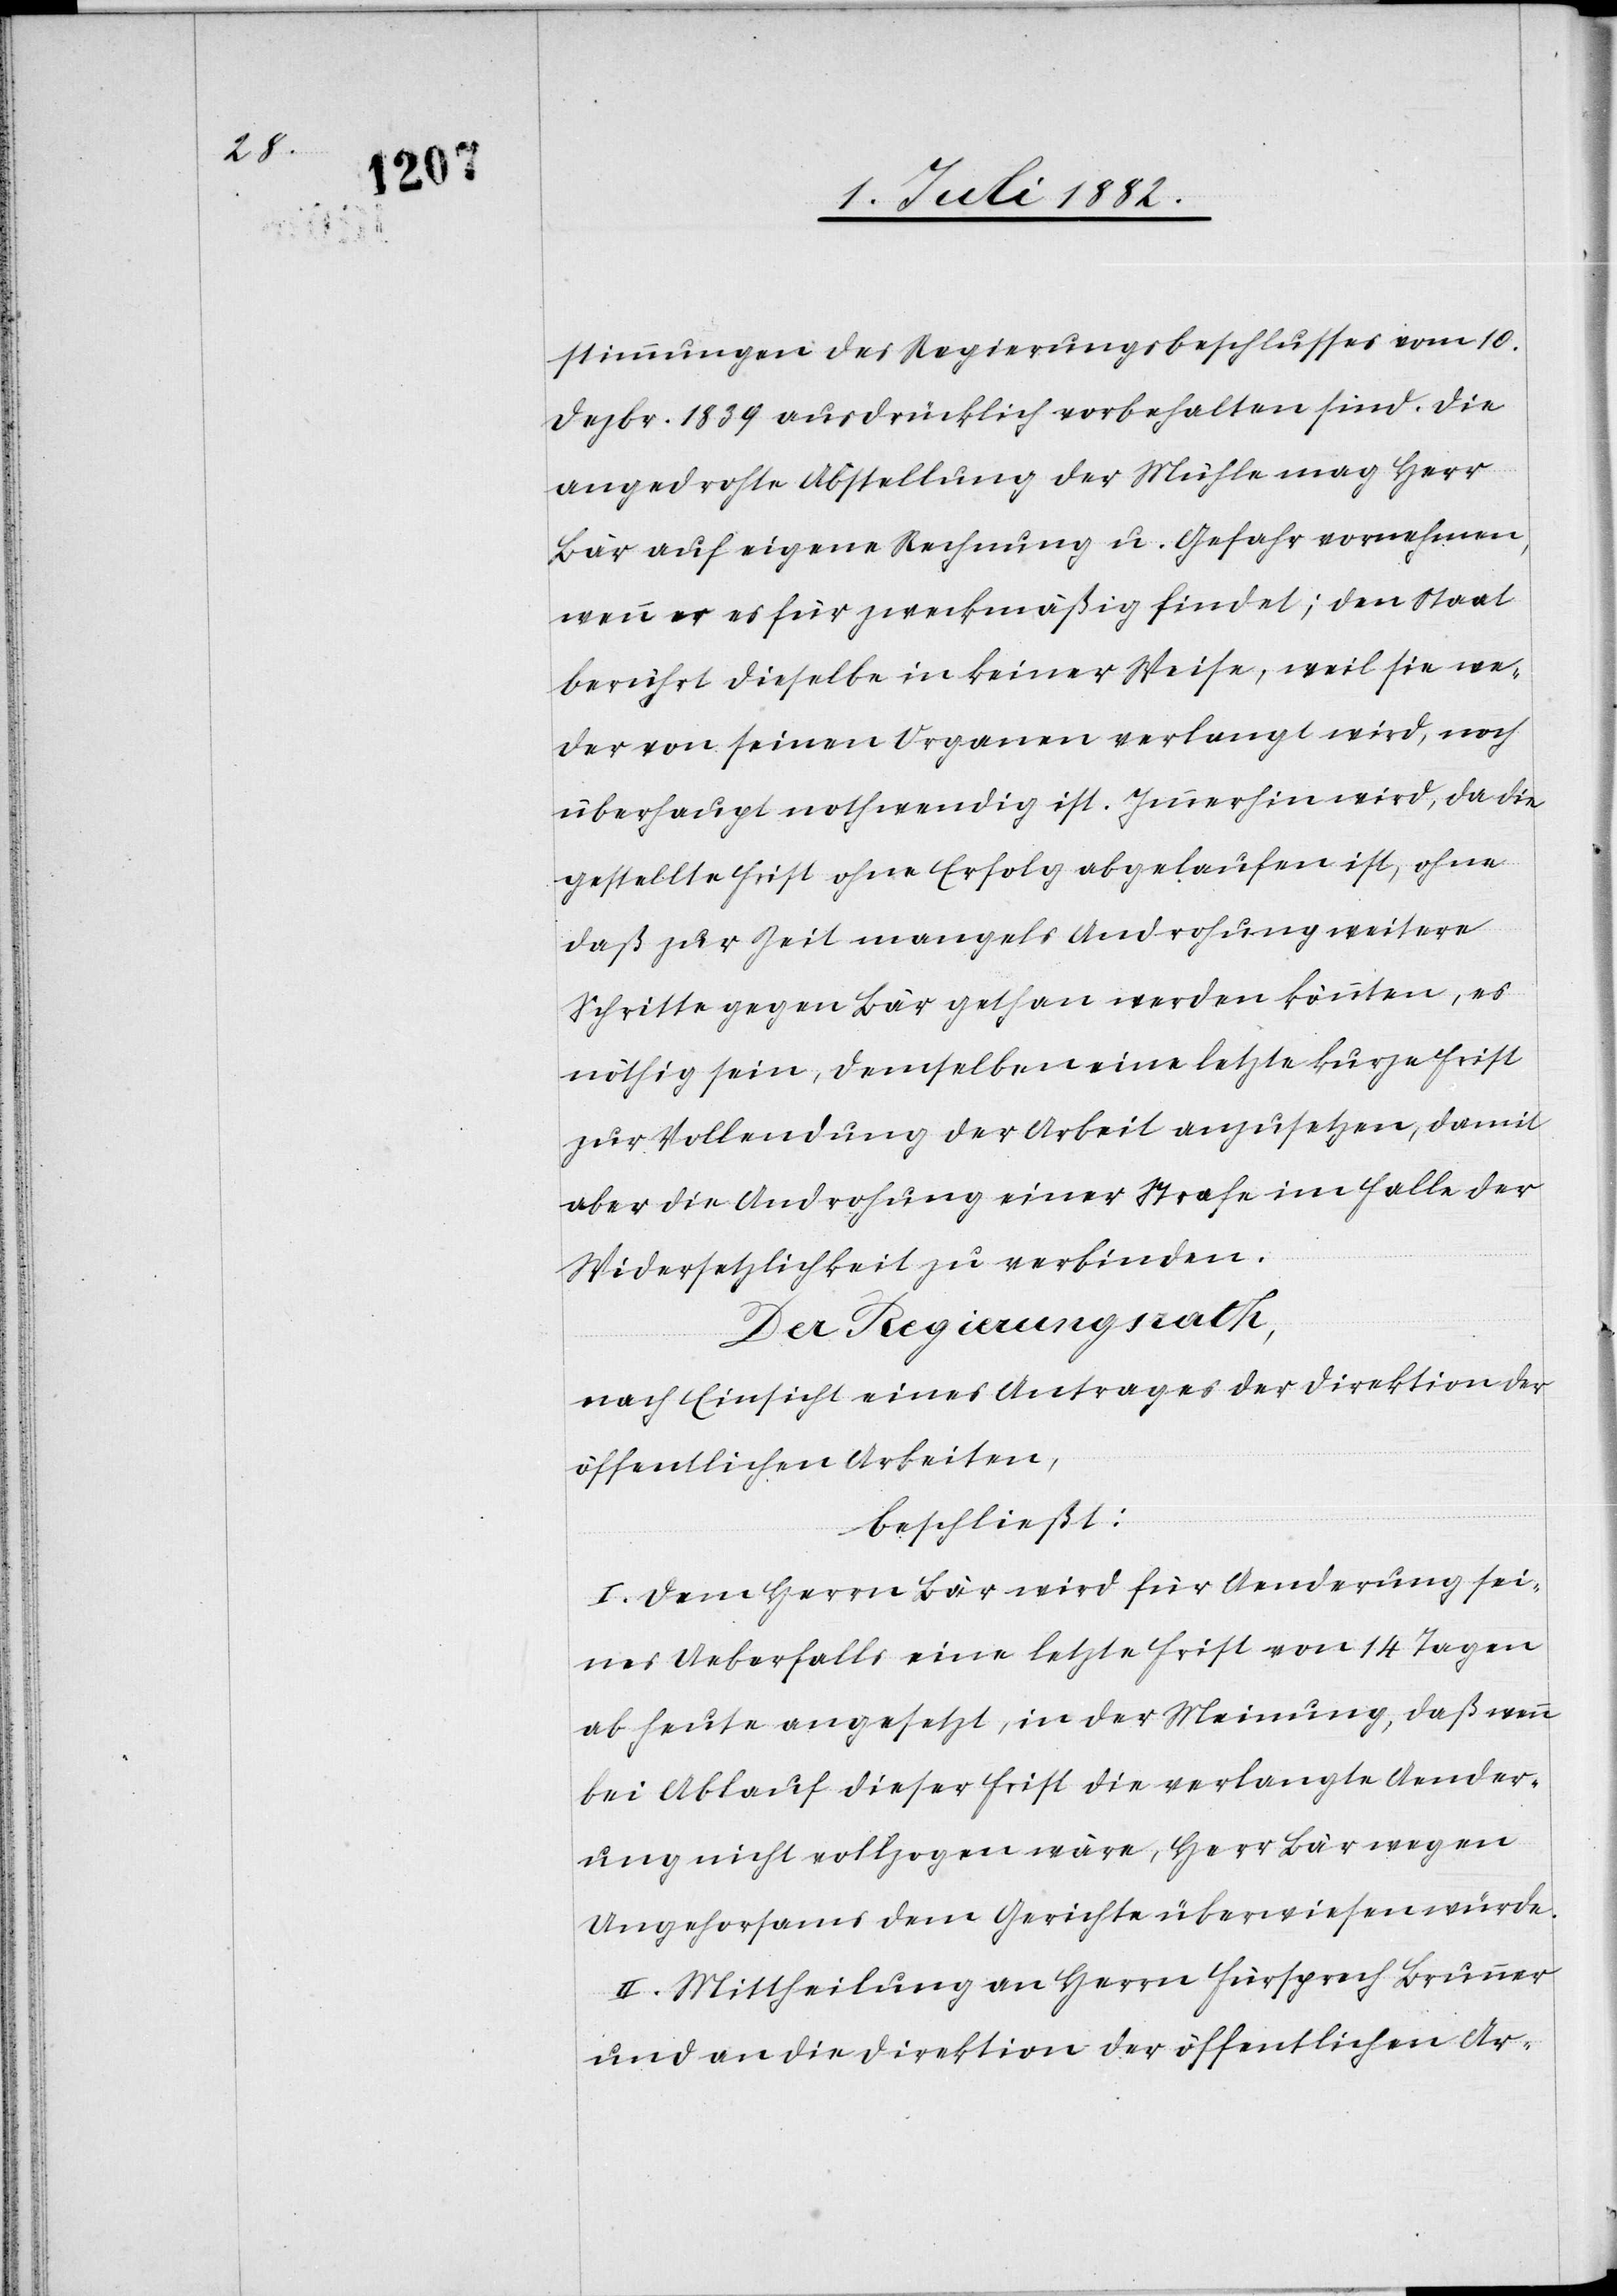
stimmungen des Regierungsbeschlusses vom 10.
Dezbr. 1839 ausdrücklich vorbehalten sind. Die
angedrohte Abstellung der Mühle mag Herr
Bär auf eigene Rechnung u. Gefahr vornehmen,
wenn er es für zweckmäßig findet; den Staat
berührt dieselbe in keiner Weise, weil sie we¬
der von seinen Organen verlangt wird, noch
überhaupt nothwendig ist. Immerhin wird, da die
gestellte Frist ohne Erfolg abgelaufen ist, ohne
daß zur Zeit mangels Androhung weitere
Schritte gegen Bär gethan werden könnten, es
nöthig sein, demselben eine letzte kurze Frist
zur Vollendung der Arbeit anzusetzen, damit
aber die Androhung einer Strafe im Falle der
Widersetzlichkeit zu verbinden.
Der Regierungsrath,
nach Einsicht eines Antrages der Direktion der
öffentlichen Arbeiten,
beschließt:
I. Dem Herrn Bär wird für Aenderung sei¬
nes Ueberfalls eine letzte Frist von 14 Tagen
ab heute angesetzt, in der Meinung, daß wenn
bei Ablauf dieser Frist die verlangte Aender¬
ung nicht vollzogen wäre, Herr Bär wegen
Ungehorsams dem Gerichte überwiesen würde.
II. Mittheilung an Herrn Fürsprech Brunner
und an die Direktion der öffentlichen Ar-